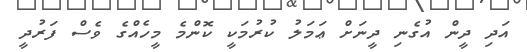
އަދި ދީން އުގެނި ދީނަށް ޢަމަލު ކުރުމަކީ ކޮންމެ މީހެއްގެ ވެސް ފަރުދީ